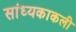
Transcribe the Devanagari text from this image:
सांध्यकाकली